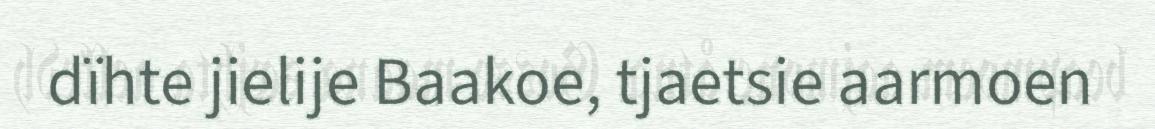
dïhte jielije Baakoe, tjaetsie aarmoen